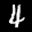
Label: 4